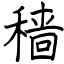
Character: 穑